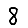
Digit: 8